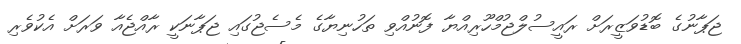
ޖަޕާނުގެ ބޮޑުވަޒީރަށް ރައީސުލްޖުމްހޫރިއްޔާ ފޮނުއްވި ތަހުނިޔާގެ މެސެޖުގައި ޖަޕާނަކީ ރާއްޖެއާ ވަރަށް އެކުވެރި